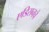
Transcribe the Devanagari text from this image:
एडिसनचे